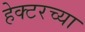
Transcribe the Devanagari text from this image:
हेक्टरच्या